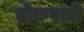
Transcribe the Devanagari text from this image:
टोकवाडी